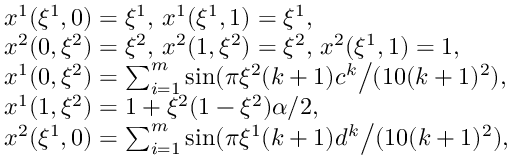
\begin{array} { r l } & { x ^ { 1 } ( \xi ^ { 1 } , 0 ) = \xi ^ { 1 } , \, x ^ { 1 } ( \xi ^ { 1 } , 1 ) = \xi ^ { 1 } , } \\ & { x ^ { 2 } ( 0 , \xi ^ { 2 } ) = \xi ^ { 2 } , \, x ^ { 2 } ( 1 , \xi ^ { 2 } ) = \xi ^ { 2 } , \, x ^ { 2 } ( \xi ^ { 1 } , 1 ) = 1 , } \\ & { x ^ { 1 } ( 0 , \xi ^ { 2 } ) = \sum _ { i = 1 } ^ { m } \sin ( \pi \xi ^ { 2 } ( k + 1 ) c ^ { k } \big / ( 1 0 ( k + 1 ) ^ { 2 } ) , } \\ & { x ^ { 1 } ( 1 , \xi ^ { 2 } ) = 1 + \xi ^ { 2 } ( 1 - \xi ^ { 2 } ) \alpha / 2 , } \\ & { x ^ { 2 } ( \xi ^ { 1 } , 0 ) = \sum _ { i = 1 } ^ { m } \sin ( \pi \xi ^ { 1 } ( k + 1 ) d ^ { k } \big / ( 1 0 ( k + 1 ) ^ { 2 } ) , } \end{array}